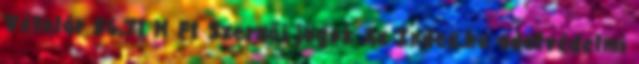
Vételár 56,71 M Ft Szerzői jogok Az Index.hu adatvédelmi